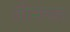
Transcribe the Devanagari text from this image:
तीमंपल